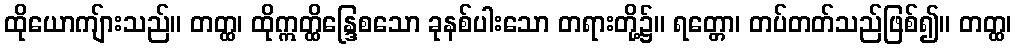
ထိုယောကျ်ားသည်။ တတ္ထ၊ ထိုဣတ္ထိန္ဒြေစသော ခုနစ်ပါးသော တရားတို့၌။ ရတ္တော၊ တပ်တတ်သည်ဖြစ်၍။ တတ္ထ၊